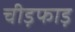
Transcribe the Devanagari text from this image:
चीड़फाड़